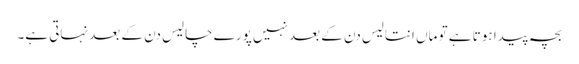
بچہ پیدا ہوتا ہے تو ماں انتالیس دن کے بعد نہیں پورے چالیس دن کے بعد نہاتی ہے۔